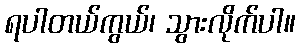
ရပါတယ်ကွယ်၊ သွားလိုက်ပါ။